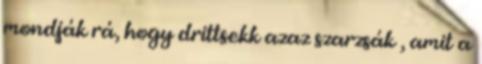
mondják rá, hogy drittsekk azaz szarzsák , amit a